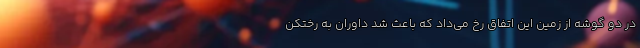
در دو گوشه از زمین این اتفاق رخ می‌داد که باعث شد داوران به رختکن